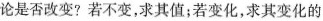
论是否改变?若不变，求其值；若变化，求其变化的